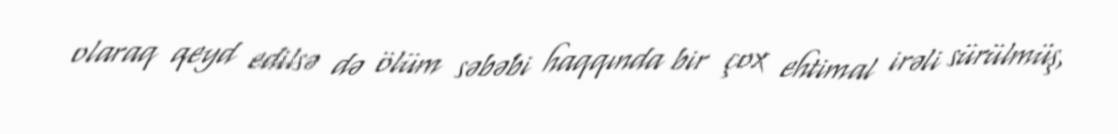
olaraq qeyd edilsə də ölüm səbəbi haqqında bir çox ehtimal irəli sürülmüş,